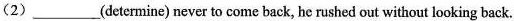
(2) ___(determine) never to come back, he rushed out without looking back.